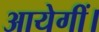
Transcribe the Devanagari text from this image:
आयेगीं।